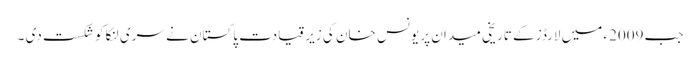
جب 2009ء میں لارڈز کے تاریخی میدان پر یونس خان کی زیر قیادت پاکستان نے سری لنکا کو شکست دی ۔